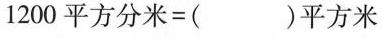
1200平方分米=( )平方米